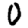
Digit: 0